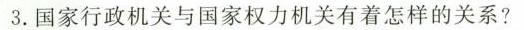
3.国家行政机关与国家权力机关有着怎样的关系?